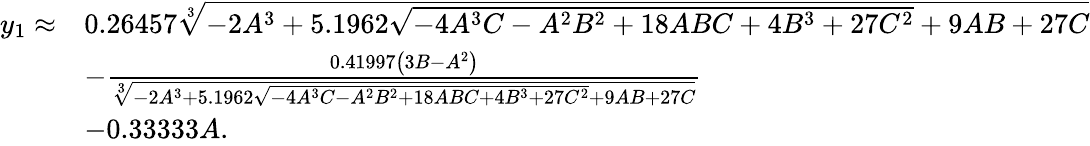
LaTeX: \begin{array}{rl}{y_{1}\approx}&{0.26457\sqrt[3]{-2A^{3}+5.1962\sqrt{-4A^{3}C-A^{2}B^{2}+18ABC+4B^{3}+27C^{2}}+9AB+27C}}\\ &{-\frac{0.41997\left(3B-A^{2}\right)}{\sqrt[3]{-2A^{3}+5.1962\sqrt{-4A^{3}C-A^{2}B^{2}+18ABC+4B^{3}+27C^{2}}+9AB+27C}}}\\ &{-0.33333A.}\end{array}